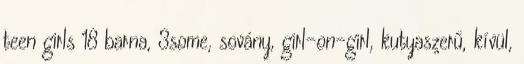
teen girls 18 barna, 3some, sovány, girl-on-girl, kutyaszerű, kívül,